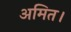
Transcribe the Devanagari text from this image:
अमित।